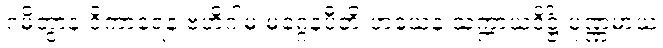
ဂမိတွာန ဝိကာရေန ဗဟိဂါမံ မဂ္ဂေနပီတိ ဟယေန သက္ကာယဒိဋ္ဌိံ ပုဏ္ဏမာယ